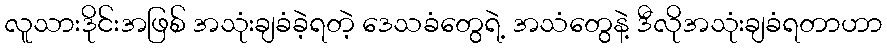
လူသားဒိုင်းအဖြစ် အသုံးချခံခဲ့ရတဲ့ ဒေသခံတွေရဲ့ အသံတွေနဲ့ ဒီလိုအသုံးချခံရတာဟာ